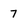
Character: 7